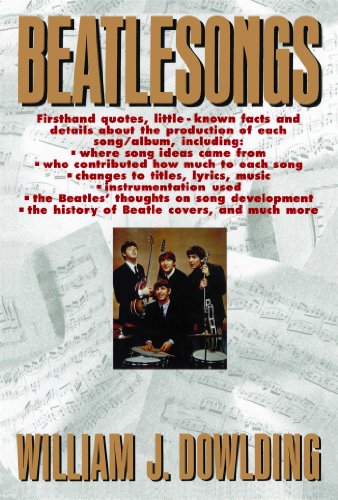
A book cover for Beatlesongs; William J. Dowlding; Humor & Entertainment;